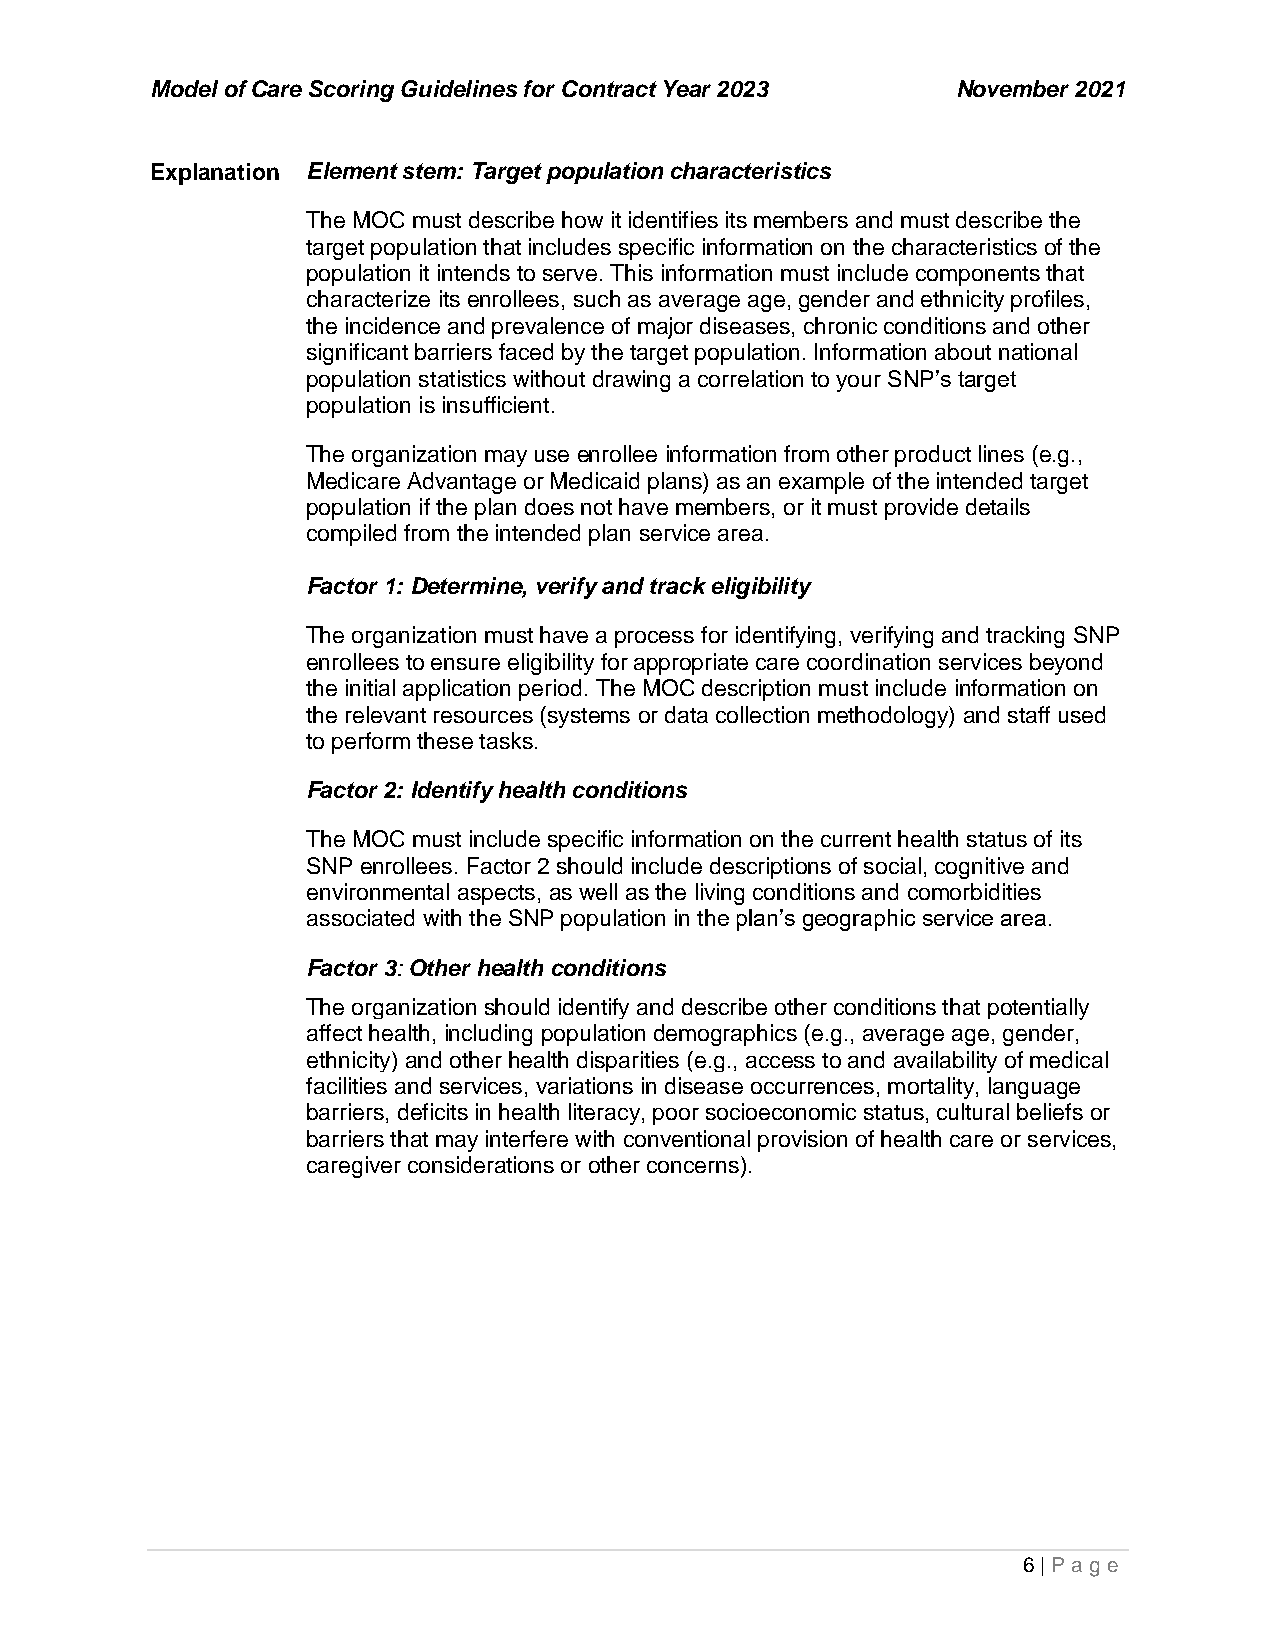
Model of Care Scoring Guidelines for Contract Year 2023 November 2021
 Explanation Element stem: Target population characteristics
 The MOC must describe how it identifies its members and must describe the
 target population that includes specific information on the characteristics of the
 population it intends to serve. This information must include components that
 characterize its enrollees, such as average age, gender and ethnicity profiles,
 the incidence and prevalence of major diseases, chronic conditions and other
 significant barriers faced by the target population. Information about national
 population statistics without drawing a correlation to your SNP’s target
 population is insufficient.
 The organization may use enrollee information from other product lines (e.g.,
 Medicare Advantage or Medicaid plans) as an example of the intended target
 population if the plan does not have members, or it must provide details
 compiled from the intended plan service area.
 Factor 1: Determine, verify and track eligibility
 The organization must have a process for identifying, verifying and tracking SNP
 enrollees to ensure eligibility for appropriate care coordination services beyond
 the initial application period. The MOC description must include information on
 the relevant resources (systems or data collection methodology) and staff used
 to perform these tasks.
 Factor 2: Identify health conditions
 The MOC must include specific information on the current health status of its
 SNP enrollees. Factor 2 should include descriptions of social, cognitive and
 environmental aspects, as well as the living conditions and comorbidities
 associated with the SNP population in the plan’s geographic service area.
 Factor 3: Other health conditions
 The organization should identify and describe other conditions that potentially
 affect health, including population demographics (e.g., average age, gender,
 ethnicity) and other health disparities (e.g., access to and availability of medical
 facilities and services, variations in disease occurrences, mortality, language
 barriers, deficits in health literacy, poor socioeconomic status, cultural beliefs or
 barriers that may interfere with conventional provision of health care or services,
 caregiver considerations or other concerns).
 6 | Pa ge